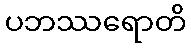
ပဘဿရောတိ